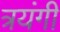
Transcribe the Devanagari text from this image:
त्रयंगी